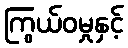
ကြွယ်ဝမှုနှင့်